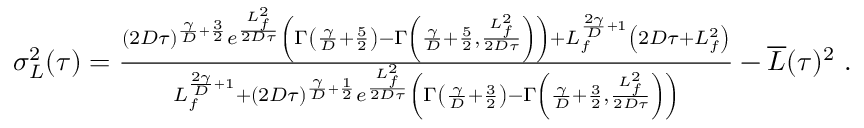
\begin{array} { r } { \sigma _ { L } ^ { 2 } ( \tau ) = \frac { ( 2 D \tau ) ^ { \frac { \gamma } { D } + \frac { 3 } { 2 } } e ^ { \frac { L _ { f } ^ { 2 } } { 2 D \tau } } \left( \Gamma \left( \frac { \gamma } { D } + \frac { 5 } { 2 } \right) - \Gamma \left( \frac { \gamma } { D } + \frac { 5 } { 2 } , \frac { L _ { f } ^ { 2 } } { 2 D \tau } \right) \right) + L _ { f } ^ { \frac { 2 \gamma } { D } + 1 } \left( 2 D \tau + L _ { f } ^ { 2 } \right) } { L _ { f } ^ { \frac { 2 \gamma } { D } + 1 } + ( 2 D \tau ) ^ { \frac { \gamma } { D } + \frac { 1 } { 2 } } e ^ { \frac { L _ { f } ^ { 2 } } { 2 D \tau } } \left( \Gamma \left( \frac { \gamma } { D } + \frac { 3 } { 2 } \right) - \Gamma \left( \frac { \gamma } { D } + \frac { 3 } { 2 } , \frac { L _ { f } ^ { 2 } } { 2 D \tau } \right) \right) } - \overline { { L } } ( \tau ) ^ { 2 } \ . } \end{array}